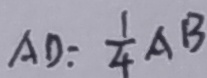
A D = \frac { 1 } { 4 } A B